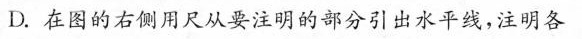
D.在图的右侧用尺从要注明的部分引出水平线，注明各